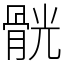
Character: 䯑